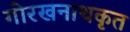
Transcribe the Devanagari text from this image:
गोरखनाथकृत